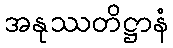
အနုဿတိဋ္ဌာနံ